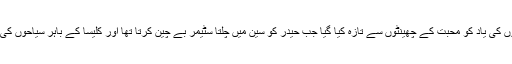
اب کے کلیسا کو باہر سے دیکھ کے گزرے لمحوں کی یاد کو محبت کے چھینٹوں سے تازہ کیا گیا جب حیدر کو سین میں چلتا سٹیمر بے چین کرتا تھا اور کلیسا کے باہر سیاحوں کی لمبی قطار میں کھڑے ہونا اسے گراں گزرتا تھا۔